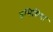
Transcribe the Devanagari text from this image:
इसिसिचा